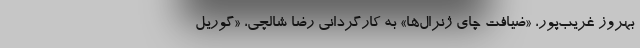
بهروز غریب‌پور، «ضیافت چای ژنرال‌ها» به کارگردانی رضا شالچی، «گوریل